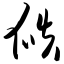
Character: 瓞